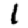
Digit: 1